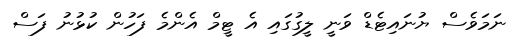
ނަމަވެސް ޔުނައިޓެޑް ވަނީ ލީގުގައި އެ ޓީމް އެންމެ ފަހުން ކުޅުނު ފަސް